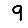
Digit: 9